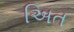
અિત